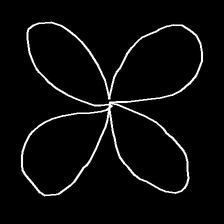
Glyph: billowing